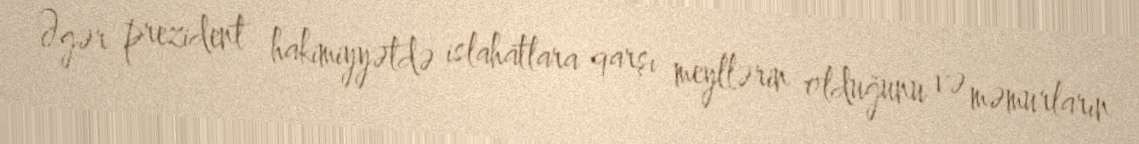
Əgər prezident hakimiyyətdə islahatlara qarşı meyllərin olduğunu və məmurların